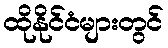
ထိုနိုင်ငံများတွင်